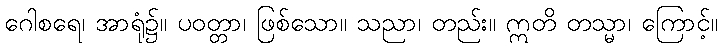
ဂေါစရေ၊ အာရုံ၌။ ပဝတ္တာ၊ ဖြစ်သော။ သညာ၊ တည်း။ ဣတိ တသ္မာ၊ ကြောင့်။